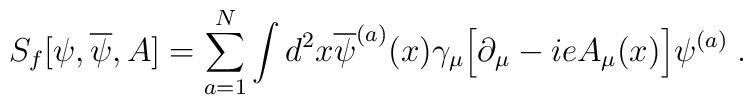
S_f[ \psi, \overline{\psi},A] = \sum_{a=1}^N \int d^2x\overline{\psi}^{(a)}(x) \gamma_\mu \Big[ \partial_\mu - ie A_\mu(x) \Big]\psi^{(a)} \;  .